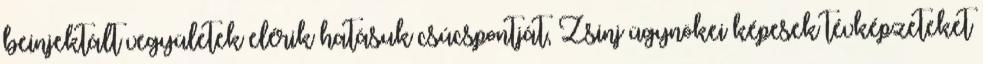
beinjektált vegyületek elérik hatásuk csúcspontját, Zsinj ügynökei képesek tévképzeteket